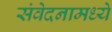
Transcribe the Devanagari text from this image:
संवेदनामध्ये